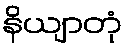
နိယျာတုံ